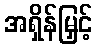
အရှိန်မြှင့်